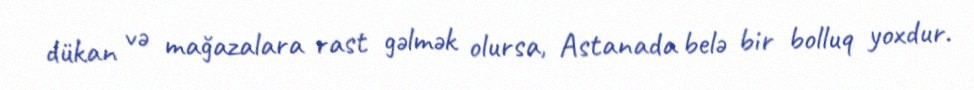
dükan və mağazalara rast gəlmək olursa, Astanada belə bir bolluq yoxdur.